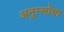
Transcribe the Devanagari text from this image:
अनुम्लोचा